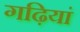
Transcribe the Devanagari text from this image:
गढ़ियां